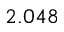
2 . 0 4 8